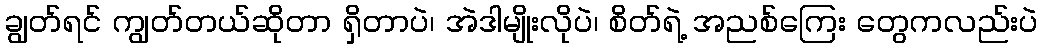
ချွတ်ရင် ကျွတ်တယ်ဆိုတာ ရှိတာပဲ၊ အဲဒါမျိုးလိုပဲ၊ စိတ်ရဲ့ အညစ်ကြေး တွေကလည်းပဲ